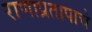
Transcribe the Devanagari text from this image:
राणाप्रतापाचे